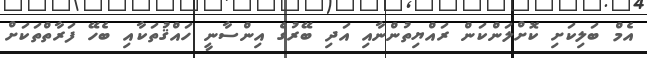
އެމް ބަލިކަށި ކޮށްލަންކަން ރައްޔިތުންނާއި އަދި ބޭރުގެ އިންސާނީ ހައްޤުތަކާއި ބެހޭ ފަރާތްތަކަށް